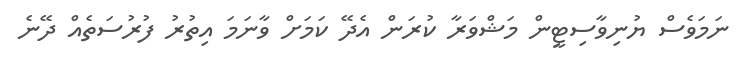
ނަމަވެސް ޔުނިވާސިޓީން މަޝްވަރާ ކުރަން އެދޭ ކަމަށް ވާނަމަ އިތުރު ފުރުސަތެއް ދޭނެ